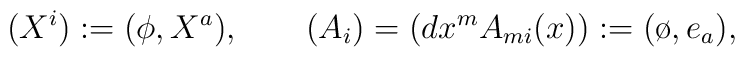
(X^i) := (\phi,X^a), \qquad  (A_i) = (dx^m A_{mi}(x)) := (\o,e_a),